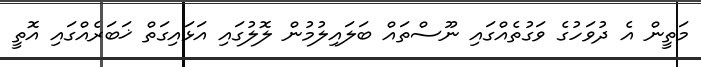
މަތީން އެ ދުވަހުގެ ވަގުތެއްގައި ނޫސްތައް ބަލައިލުމުން ލޮލުގައި އަޅައިގަތް ޚަބަރެއްގައި އޮތީ